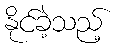
နိုင်ခဲ့သည့်